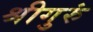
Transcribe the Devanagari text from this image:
श्रीगुरुं